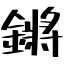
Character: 鏘